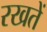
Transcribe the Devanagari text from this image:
रखतेें